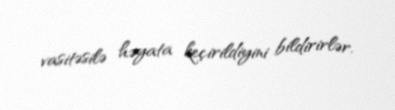
vasitəsilə həyata keçirildiyini bildirirlər.